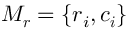
\boldsymbol { M _ { r } } = \{ r _ { i } , \boldsymbol { c _ { i } } \}